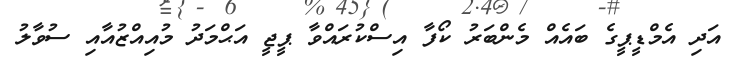
އަދި އެމްޑީޕީގެ ބައެއް މެންބަރު ކޯފާ އިސްކުރައްވާ ޕީޖީ އަޙްމަދު މުއިއްޒުއާއި ސުވާލު